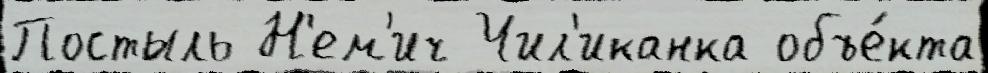
Постыль Н'ем'ич Чил'иканка объе́кта